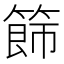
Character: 𥰐